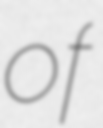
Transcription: of